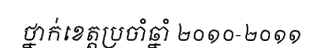
ថ្នាក់ខេត្តប្រចាំឆ្នាំ ២០១០-២០១១